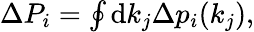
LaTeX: \begin{array}{r}{\Delta P_{i}=\oint\mathrm{d}k_{j}\Delta p_{i}(k_{j}),}\end{array}